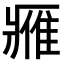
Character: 𨿳